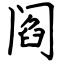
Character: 阎